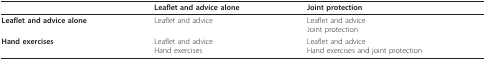
<table><thead><tr><td></td><td><b>Leaflet and advice alone</b></td><td><b>Joint protection</b></td></tr></thead><tbody><tr><td><b>Leaflet and advice alone</b></td><td>Leaflet and advice</td><td>Leaflet and adviceJoint protection</td></tr><tr><td><b>Hand exercises</b></td><td>Leaflet and adviceHand exercises</td><td>Leaflet and adviceHand exercises and joint protection</td></tr></tbody></table>